Indian journal of veterinary science and animal husbandry - Volume 5,
Year: 1935
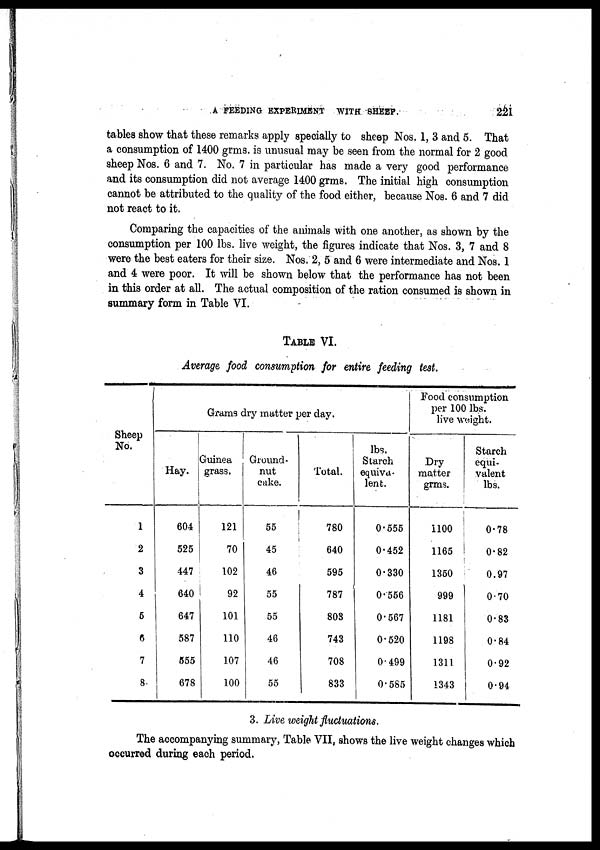
A FEEDING EXPERIMENT WITH SHEEP.
221
tables show that these remarks apply specially to sheep Nos. 1, 3 and 5. That
a consumption of 1400 grms. is unusual may be seen from the normal for 2 good
sheep Nos. 6 and 7. No. 7 in particular has made a very good performance
and its consumption did not average 1400 grms. The initial high consumption
cannot be attributed to the quality of the food either, because Nos. 6 and 7 did
not react to it.
Comparing the capacities of the animals with one another, as shown by the
consumption per 100 lbs. live weight, the figures indicate that Nos. 3, 7 and 8
were the best eaters for their size. Nos. 2, 5 and 6 were intermediate and Nos.1
and 4 were poor. It will be shown below that the performance has not been
in this order at all. The actual composition of the ration consumed is shown in
summary form in Table VI.
TABLE VI.
Average food consumption for entire feeding test.
Sheep
No.
1
2
3
4
5
6
7
8
Grams dry matter per day.
Hay.
604
525
447
640
647
587
555
678
Guinea
grass.
121
70
102
92
101
110
107
100
Ground-
nut
cake.
55
45
46
55
55
46
46
55
Total.
780
640
595
787
803
743
708
833
lbs.
Starch
equiva-
lent.
0.555
0.452
0.330
0.556
0.567
0.520
0 499
0.585
Food consumption
per 100 lbs.
live weight.
Dry
matter
grms.
1100
1165
1350
999
1181
1198
1311
1343
Starch
equi-
valent
lbs.
0.78
0.82
0.97
0.70
0.83
0.84
0.92
0.94
3. Live weight fluctuations.
The accompanying summary, Table VII, shows the live weight changes which
occurred during each period.